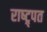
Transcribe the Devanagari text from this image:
राष्ट्र्पत